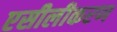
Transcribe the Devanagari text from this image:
एसीलीकरण